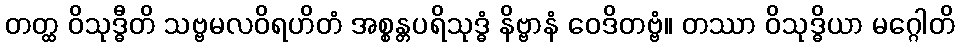
တတ္ထ ဝိသုဒ္ဓီတိ သဗ္ဗမလဝိရဟိတံ အစ္စန္တပရိသုဒ္ဓံ နိဗ္ဗာနံ ဝေဒိတဗ္ဗံ။ တဿာ ဝိသုဒ္ဓိယာ မဂ္ဂေါတိ